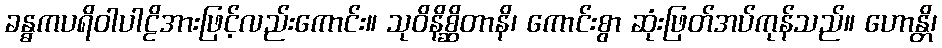
ခန္ဓကပရိဝါပါဠိအားဖြင့်လည်းကောင်း။ သုဝိနိစ္ဆိတာနိ၊ ကောင်းစွာ ဆုံးဖြတ်အပ်ကုန်သည်။ ဟောန္တိ၊